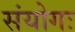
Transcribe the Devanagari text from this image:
संयोगः